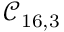
\mathcal { C } _ { 1 6 , 3 }